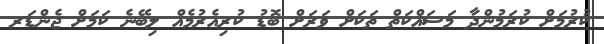
ކުރުމަށް ކުރަމުންދާ މަސައްކަތް ތަކަށް ވަރަށް ބޮޑު ކުރިއެރުމެއް ލިބޭނެ ކަމަށް ޖެންޑަރ